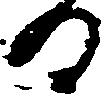
る